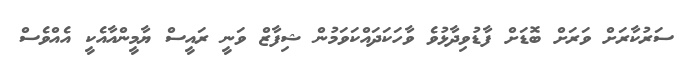
ސަރުކާރަށް ވަރަށް ބޮޑަށް ފާޑުވިދާޅުވެ ވާހަކަދައްކަވަމުން ޝިފާޒް ވަނީ ރައީސް ޔާމީންއާއެކީ އެއްވެސް